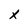
Character: X